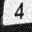
Digit: 4